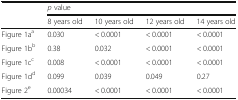
<table><thead><tr><td>[EMPTY_CELL]</td><td colspan="4"><b><i>p</i> value</b></td></tr><tr><td>[EMPTY_CELL]</td><td><b>8 years old</b></td><td><b>10 years old</b></td><td><b>12 years old</b></td><td><b>14 years old</b></td></tr></thead><tbody><tr><td>Figure 1a<sup>a</sup></td><td>0.030</td><td>&lt; 0.0001</td><td>&lt; 0.0001</td><td>&lt; 0.0001</td></tr><tr><td>Figure 1b<sup>b</sup></td><td>0.38</td><td>0.032</td><td>&lt; 0.0001</td><td>&lt; 0.0001</td></tr><tr><td>Figure 1c<sup>c</sup></td><td>0.008</td><td>&lt; 0.0001</td><td>&lt; 0.0001</td><td>&lt; 0.0001</td></tr><tr><td>Figure 1d<sup>d</sup></td><td>0.099</td><td>0.039</td><td>0.049</td><td>0.27</td></tr><tr><td>Figure 2<sup>e</sup></td><td>0.00034</td><td>&lt; 0.0001</td><td>&lt; 0.0001</td><td>&lt; 0.0001</td></tr></tbody></table>